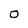
Character: 0